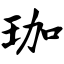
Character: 珈